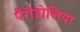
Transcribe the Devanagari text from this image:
पैरीडोलिया